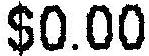
$0.00